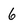
Character: 6